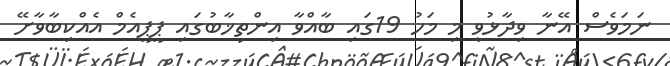
ނަމަވެސް އޭނާ ވިދާޅުވީ މި މަހު 19ގައި ބާއްވާ އިންތިޚާބުގައި ޕީޕީއެމް އެއްކިބާވާށޭ